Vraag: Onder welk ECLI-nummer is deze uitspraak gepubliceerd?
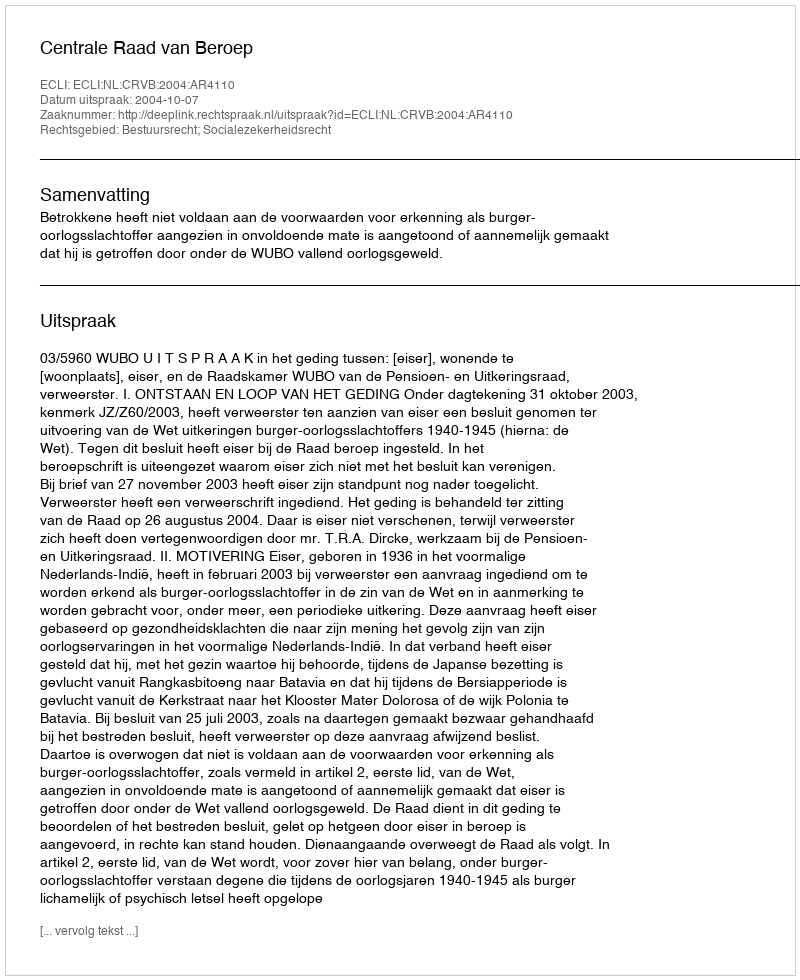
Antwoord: ECLI:NL:CRVB:2004:AR4110